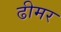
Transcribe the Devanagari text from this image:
ढीमर